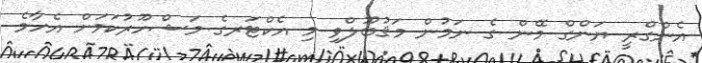
އެންގްރީ ޔަންގް މޭން ގެ ނަމުން މަޤުބޫލްވި މި އެކްޓަރގެ މަޝްހޫރުކަމަށް އެހާމެ